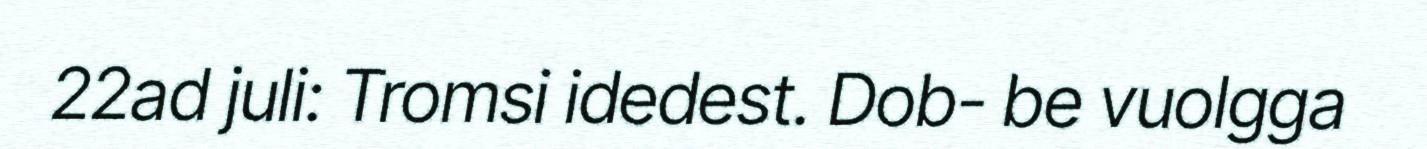
22ad juli: Tromsi idedest. Dob- be vuolgga